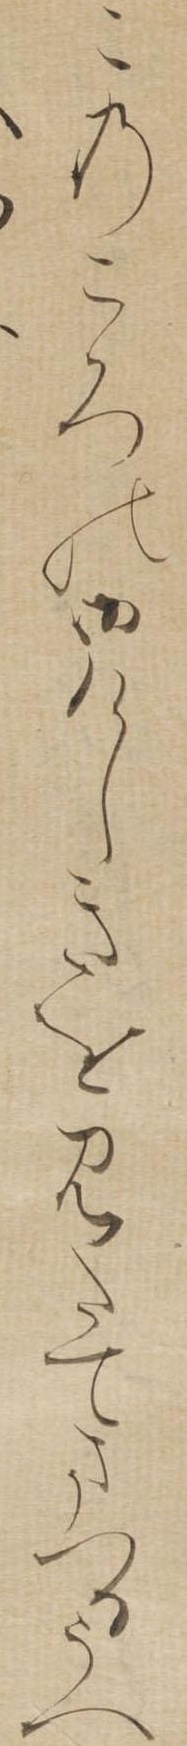
このころの御けしきをみたてまつるうへ